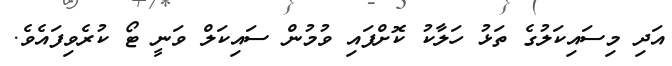
އަދި މިސައިކަލުގެ ތަޅު ހަލާކު ކޮށްފައި ވުމުން ސައިކަލް ވަނީ ޓޯ ކުރެވިފައެވެ.